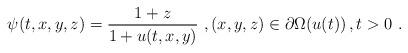
LaTeX: \begin{align*}\psi(t,x,y,z)=\frac{1+z}{1+u(t,x,y)}\ ,(x,y,z)\in \partial\Omega(u(t))\,, t>0 \ .\end{align*}